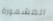
المشهورة